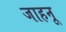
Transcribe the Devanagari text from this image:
जाहनू